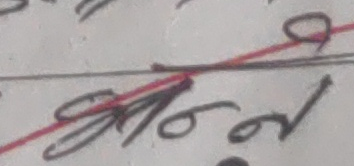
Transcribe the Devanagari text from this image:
असल